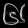
Digit: ၆